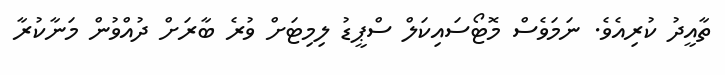
ތާއީދު ކުރިއެވެ. ނަމަވެސް މޮޓޯސައިކަލް ސްޕީޑު ލިމިޓަށް ވުރެ ބާރަށް ދުއްވުން މަނާކުރާ